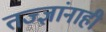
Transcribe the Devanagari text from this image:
तज्‍ज्ञांनाही